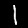
Label: 1